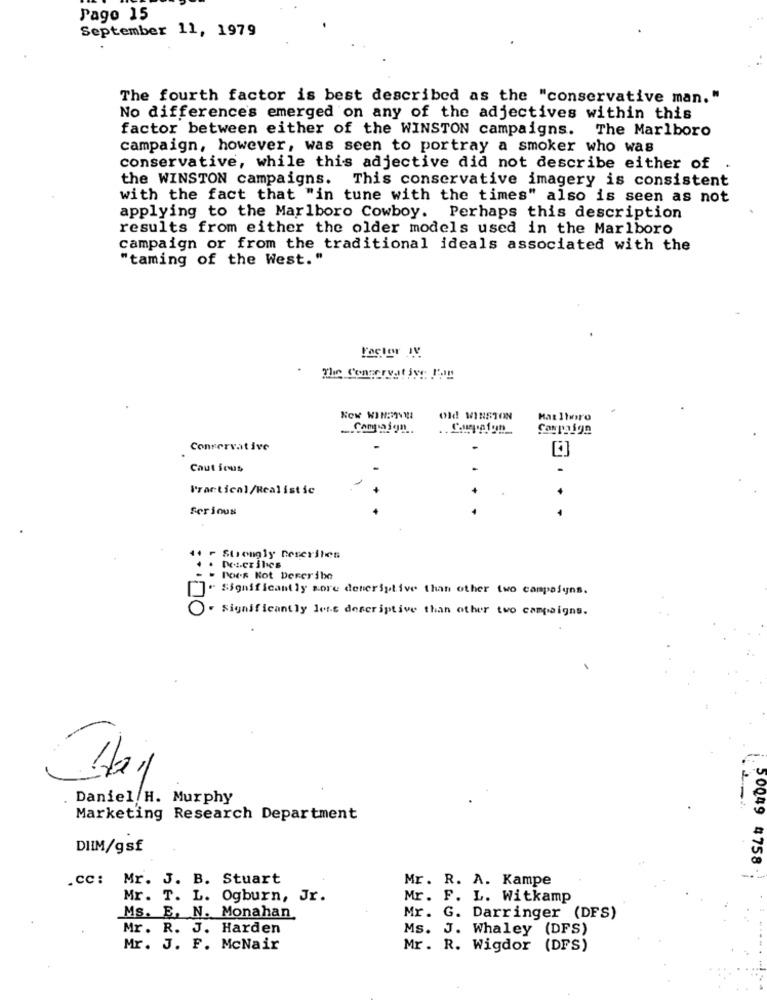
Pago 15
September 11, 1979
The fourth factor is best described as the "conservative man."
No difference's emerged on any of the adjectives within this
factor between either of the WINSTON campaigns. The Marlboro
campaign, however, was seen to portray a smoker who was
conservative, while this adjective did not describe either of .
the WINSTON campaigns. This conservative imagery is consistent
with the fact that "in tune with the times" also is seen as not
applying to the Marlboro Cowboy. Perhaps this description
results from either the older models used in the Marlboro
campaign or from the traditional ideals associated with the
"taming of the West."
old WINSTON
HatItero
Conservative
Caut ious
Practical/Realistic
Serious
:*
Strongly Dereriles
Does Kot Dereribe
" Significantly more descriptive than other two campaigns.
O- significantly less descriptive than other two campaigns.
Hai
Daniel H. Murphy
1-
Marketing Research Department
DIIM/gsf
50049 4758
.cc: Mr. J. B. Stuart
Mr. R. A. Kampe
Mr. T. L. Ogburn, Jr.
Mr. F. L. Witkamp
Ms. E. N. Monahan
Mr. G. Darringer (DFS)
Mr. R. J. Harden
Ms. J. Whaley (DFS)
Mr. J. F. McNair
Mr. R. Wigdor (DFS)